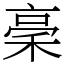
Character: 稁